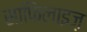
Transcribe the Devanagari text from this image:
साफिलाइज़